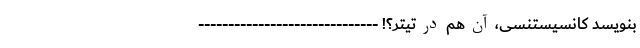
بنویسد کانسیستنسی، آن هم در تیتر؟! ------------------------------